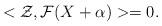
LaTeX: \begin{align*}<\mathcal{Z},\mathcal{F}(X+\alpha)>=0. \end{align*}